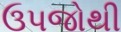
ઉપજોથી